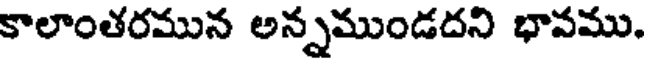
కాలాంతరమున అన్నముండదని భావము.